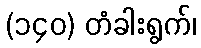
(၁၄၀) တံခါးရွက်၊